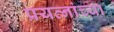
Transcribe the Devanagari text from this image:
प्रयत्नांच्या